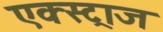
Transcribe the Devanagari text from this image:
एक्स्ट्राज